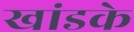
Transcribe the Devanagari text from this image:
खांडके